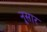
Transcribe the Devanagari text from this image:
नूसार